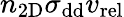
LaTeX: n_{\mathrm{{2D}}}\sigma_{\mathrm{{dd}}}v_{\mathrm{{rel}}}